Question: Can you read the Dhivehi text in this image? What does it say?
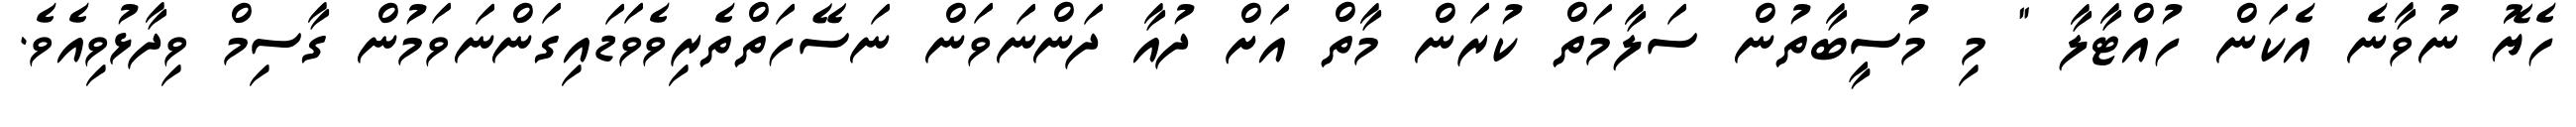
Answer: ހެޔޮ ނުވާނެ އެކަން ހުއްޓާލާ " މި މުސީބާތުން ސަލާމަތް ކުރަން މާތް އަށް ދުއާ ދަންނަވަން ނަސޭހަތްތެރިވެވަޑައިގަންނަވަމުން ގާސިމް ވިދާޅުވިއެވެ.